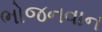
ભોજનવાન